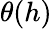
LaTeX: \theta(h)